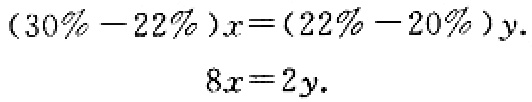
\[(30\% - 22\%)x=(22\% - 20\%)y.\]

\[8x = 2y.\]